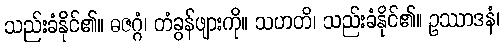
သည်းခံနိုင်၏။ ဓဇဂ္ဂံ၊ တံခွန်ဖျားကို။ သဟတိ၊ သည်းခံနိုင်၏။ ဥဿာဒနံ၊